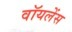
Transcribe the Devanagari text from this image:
वॉयलेंस